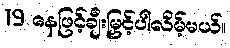
19 နေဖြင့်ချီးမြှင့်ပါလိမ့်မယ်။